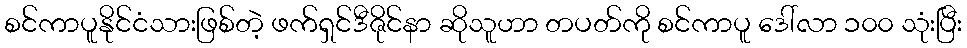
စင်ကာပူနိုင်ငံသားဖြစ်တဲ့ ဖက်ရှင်ဒီဇိုင်နာ ဆိုသူဟာ တပတ်ကို စင်ကာပူ ဒေါ်လာ ၁၀၀ သုံးပြီး